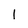
Character: 1